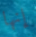
إنها